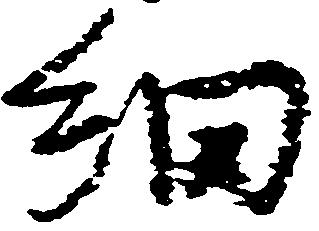
細